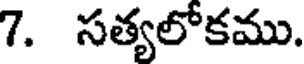
7. సత్యలోకము.